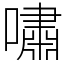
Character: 嘯